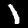
Digit: 1